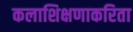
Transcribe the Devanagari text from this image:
कलाशिक्षणाकरिता